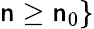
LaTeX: \mathsf{n}\geq\mathsf{n}_{0}\}